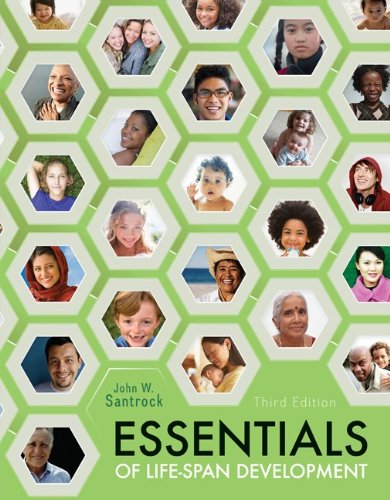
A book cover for Essentials of Life-Span Development; John Santrock; Medical Books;